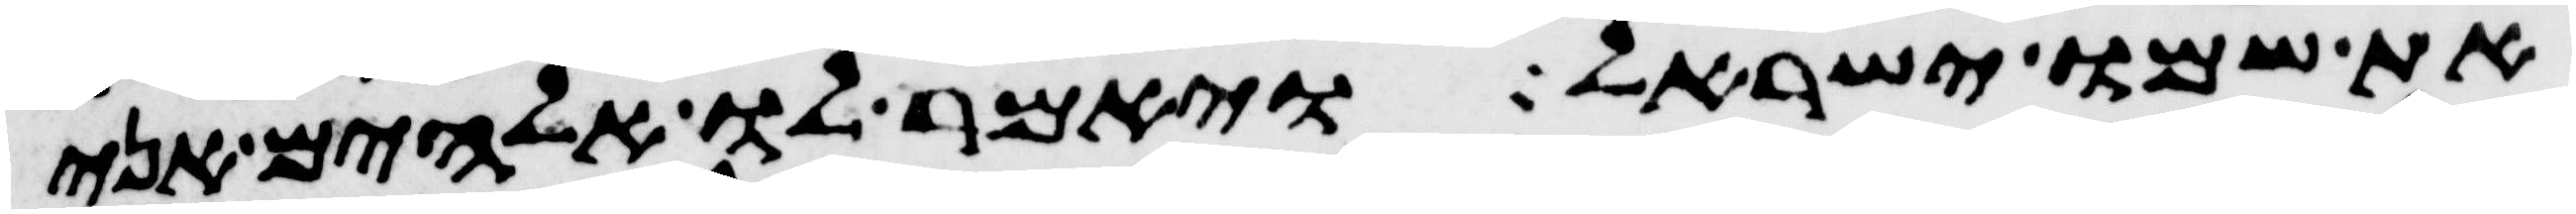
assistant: את שמו ישראל ויאמר לו אלהים אני